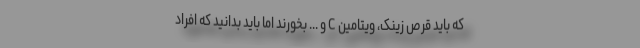
که باید قرص زینک، ویتامین C و ... بخورند اما باید بدانید که افراد